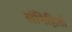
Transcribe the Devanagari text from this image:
संनिहितो